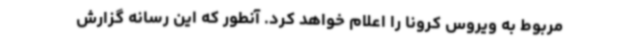
مربوط به ویروس کرونا را اعلام خواهد کرد. آنطور که این رسانه گزارش